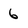
Character: 6